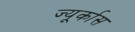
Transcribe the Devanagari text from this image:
ज्यूर्कास